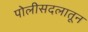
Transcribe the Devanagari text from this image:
पोलीसदलातून